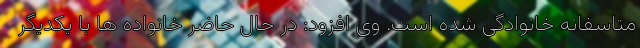
متاسفانه خانوادگی شده است. وی افزود: در حال حاضر خانواده ها با یکدیگر